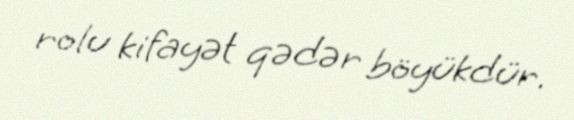
rolu kifayət qədər böyükdür.